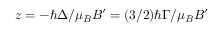
z = - \hbar \Delta / \mu _ { B } B ^ { \prime } = ( 3 / 2 ) \hbar \Gamma / \mu _ { B } B ^ { \prime }